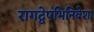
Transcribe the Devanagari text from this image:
रागद्वेषभिनिवेशा